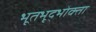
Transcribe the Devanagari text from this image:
भूतभृद्भोक्ता